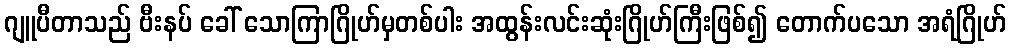
ဂျူပီတာသည် ဗီးနပ် ခေါ် သောကြာဂြိုဟ်မှတစ်ပါး အထွန်းလင်းဆုံးဂြိုဟ်ကြီးဖြစ်၍ တောက်ပသော အရံဂြိုဟ်